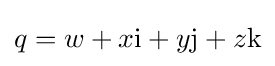
q=w+x\mathrm {i} +y\mathrm {j} +z\mathrm {k}